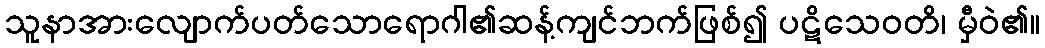
သူနာအားလျောက်ပတ်သောရောဂါ၏ဆန့်ကျင်ဘက်ဖြစ်၍ ပဋိသေဝတိ၊ မှီဝဲ၏။